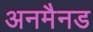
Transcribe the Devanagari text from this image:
अनमैनड